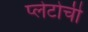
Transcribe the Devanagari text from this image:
प्लेटोची